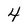
Character: 4